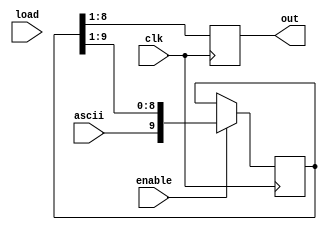
`timescale 1ns/1ps

module ShiftReg(

input wire load,
input wire enable,
input wire clk,
input wire ascii,
output reg [7:0] out

);

reg [9:0] shift = 10'b0000000000;
//assign lights = shift;
//assign out = in >> N;
always @ (posedge clk) begin
	
	if(enable) begin
		
		shift[9:0] <= {ascii, shift[9:1]};
		//shift[9:0] <= {shift[8:0], ascii};
		//shift <= shift >> 1'b1;
	end
	
	out <= shift[8:1];
end
endmodule